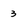
Character: 3